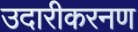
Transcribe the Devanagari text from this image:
उदारीकरनण